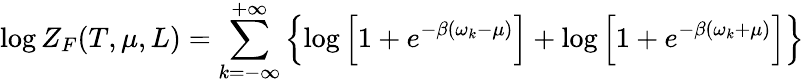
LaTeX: \log Z_{F}(T,\mu,L)=\sum_{k=-\infty}^{+\infty}\left\{ \log\left[1+e^{-\beta(\omega_{k}-\mu)}\right]+\log\left[1+e^{-\beta(\omega_{k}+\mu)}\right]\right\}